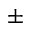
\pm